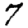
Digit: 7